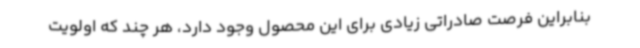
بنابراین فرصت صادراتی زیادی برای این محصول وجود دارد، هر چند که اولویت